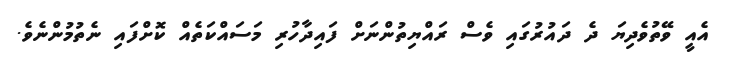
އެއީ ވޭތުވެދިޔަ ދެ ދައުރުގައި ވެސް ރައްޔިތުންނަށް ފައިދާހުރި މަސައްކަތެއް ކޮށްފައި ނެތުމުންނެވެ.